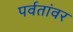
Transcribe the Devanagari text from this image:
पर्वतांवर